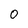
Character: 0